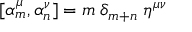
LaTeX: [ \alpha _ { m } ^ { \mu } , \alpha _ { n } ^ { \nu } ] = m \; \delta _ { m + n } \; \eta ^ { \mu \nu }